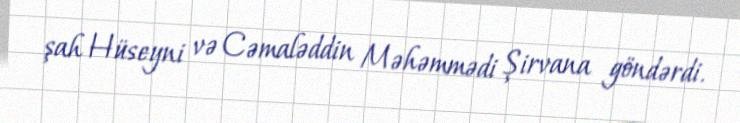
şah Hüseyni və Cəmaləddin Məhəmmədi Şirvana göndərdi.